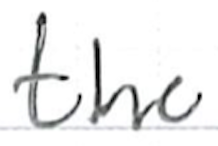
Text: the
Cross-out: clean
Writing tool: ballpoint